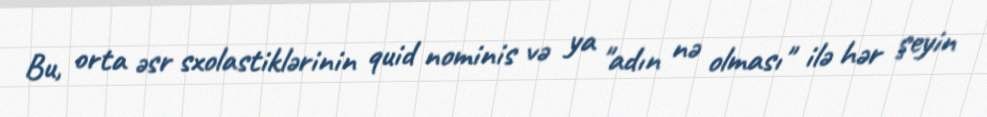
Bu, orta əsr sxolastiklərinin quid nominis və ya "adın nə olması" ilə hər şeyin